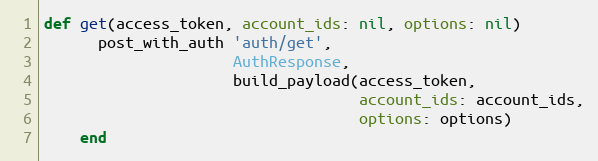
Language: Ruby
def get(access_token, account_ids: nil, options: nil)
      post_with_auth 'auth/get',
                     AuthResponse,
                     build_payload(access_token,
                                   account_ids: account_ids,
                                   options: options)
    end